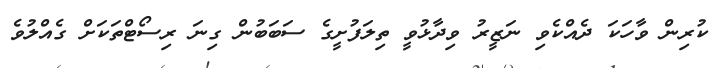
ކުރިން ވާހަކަ ދެއްކެވި ނަޒީރު ވިދާޅުވީ ތިލަފުށީގެ ސަބަބުން ގިނަ ރިސޯޓްތަކަށް ގެއްލުވެ